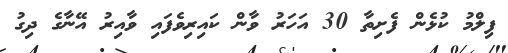
ފިލްމު ކުޅެން ފެށިތާ 30 އަހަރު ވާން ކައިރިވެފައި ވާއިރު އޭނާގެ ދިގު